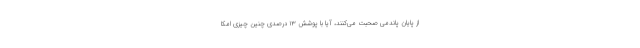
از پایان پاندمی صحبت می‌کنند، آیا با پوشش ۱۳ درصدی چنین چیزی امکا